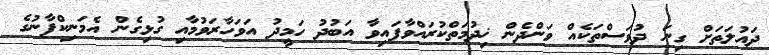
ދައުލަތަށް ގިނަ ދުވަސްތަކެއް ވަންދެން ޚިދުމަތްކުރައްވާފައިވާ އަބުދު ހަމީދު އަވަހާރަވުމާއި ގުޅިގެން އެމަނިކްފާނުގެ